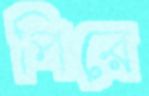
পিরে